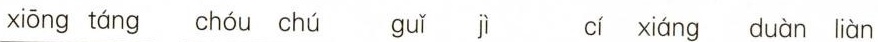
xiōng táng chóu chú guǐ jì cí xiáng duàn liàn